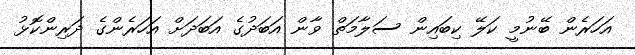
އަހަރެން ބޭނުމީ ކަލޭ ކިބައިން ސަލާމަތް ވާން އަބަދުގެ އަބަދަށް އަހަރެންގެ ދަރިންކޮޅު